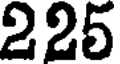
225